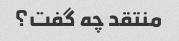
منتقد چه گفت؟